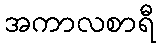
အကာလစာရီ